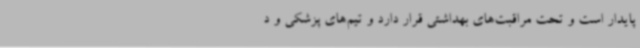
پایدار است و تحت مراقبت‌های بهداشتی قرار دارد و تیم‌های پزشکی و د